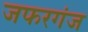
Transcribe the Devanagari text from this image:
जफरगंज